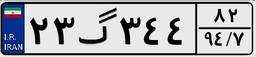
۲۳گ۳۴۴۸۲